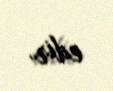
edir.